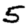
Digit: 5